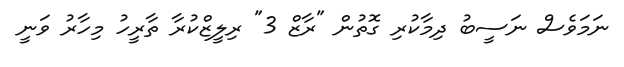
ނަމަވެސް ނަސީބު ދިމާކުރި ގޮތުން "ރާޒް 3" ރިލީޒްކުރާ ތާރީހު މިހާރު ވަނީ